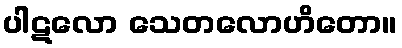
ပါဋလော သေတလောဟိတော။